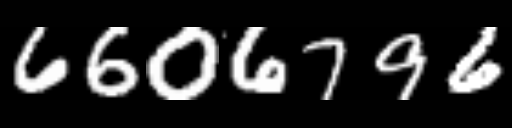
Text: 6606796